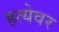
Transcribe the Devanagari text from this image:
हत्येवर